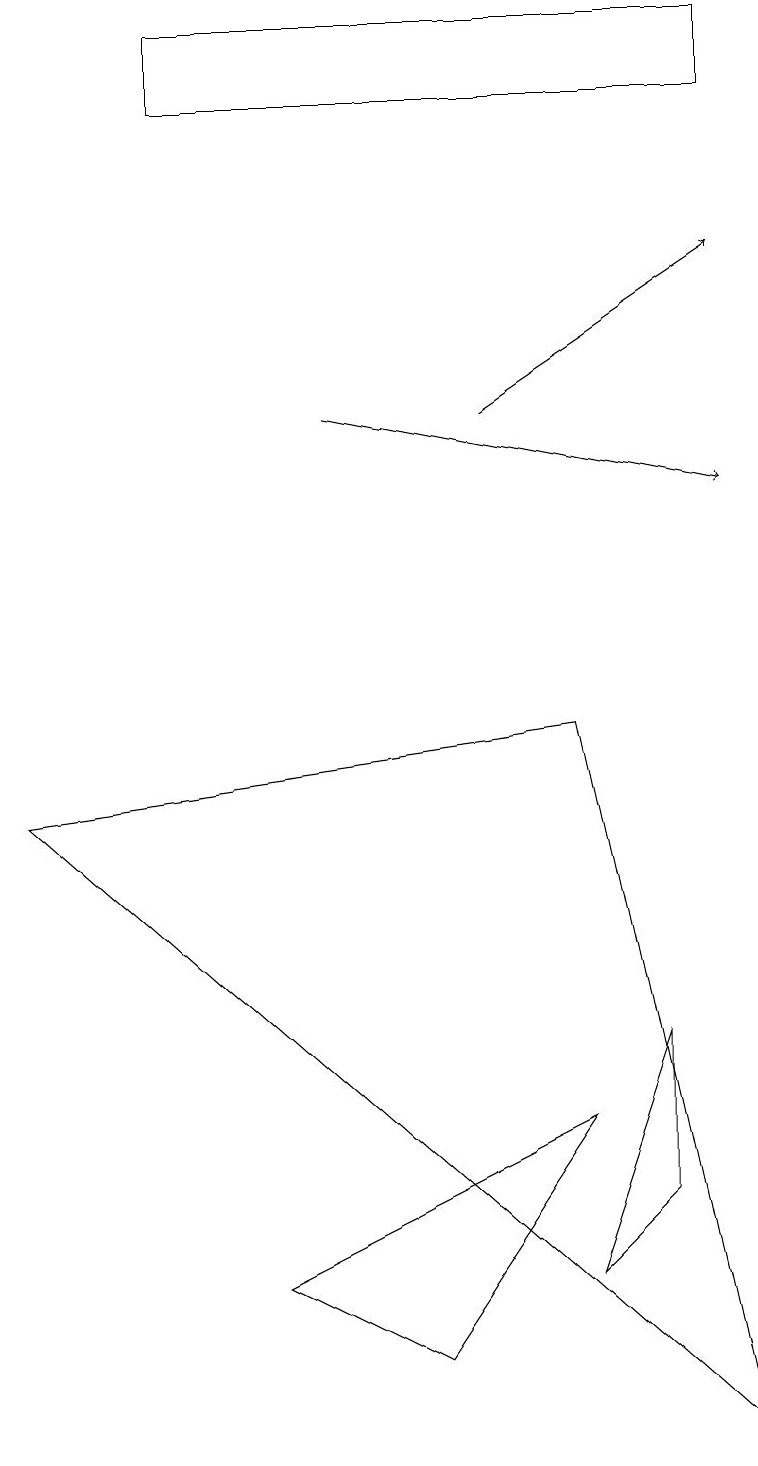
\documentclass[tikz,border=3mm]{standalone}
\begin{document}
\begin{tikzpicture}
\draw[->] (4,13) -- (9,12);
\draw (9,17) rectangle (2,18);
\draw (5,1) -- (3,2) -- (7,4) -- cycle;
\draw (8,3) -- (8,5) -- (7,2) -- cycle;
\draw (0,8) -- (7,9) -- (9,0) -- cycle;
\draw[->] (6,13) -- (9,15);
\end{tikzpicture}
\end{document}